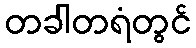
တခါတရံတွင်